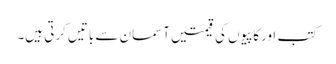
کتب اورکاپیوں کی قیمتیں آسمان سے باتیں کرتی ہیں۔